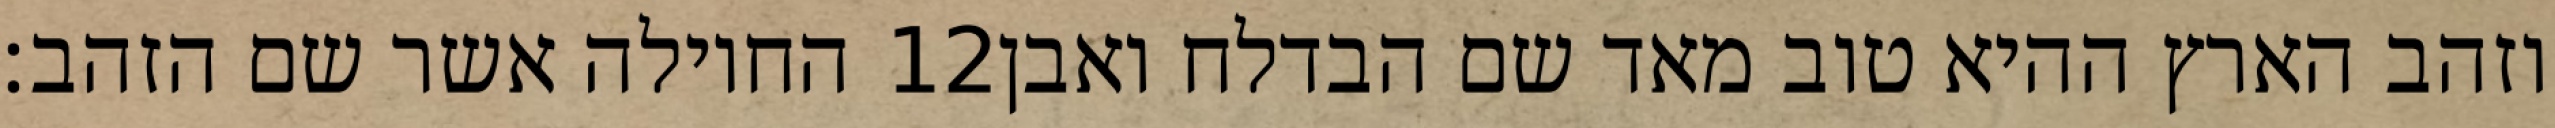
החוילה אשר שם הזהב׃ ‎12‏ וזהב הארץ ההיא טוב מאד שם הבדלח ואבן